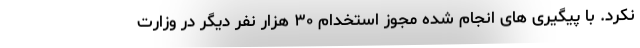
نکرد. با پیگیری های انجام شده مجوز استخدام ۳۰ هزار نفر دیگر در وزارت